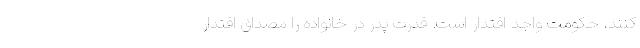
کنند، حکومت واجد اقتدار است. قدرت پدر در خانواده را مصداق اقتدار